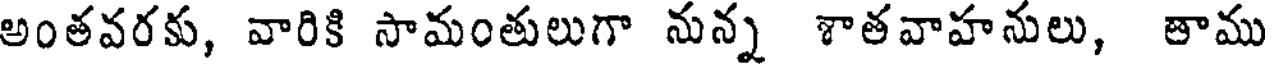
అంతవరకు, వారికి సామంతులుగా నున్న శాతవాహనులు, తాము